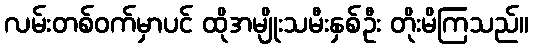
လမ်းတစ်ဝက်မှာပင် ထိုအမျိုးသမီးနှစ်ဦး တိုးမိကြသည်။